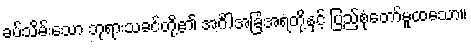
ခပ်သိမ်းသော ဘုရားသခင်တို့၏ အင်္ဂါအခြံအရံတို့နှင့် ပြည့်စုံတော်မူထသော။